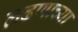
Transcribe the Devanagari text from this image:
लढणाच्या